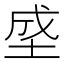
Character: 𰉯